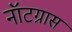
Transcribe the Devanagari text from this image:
नॉटग्रास